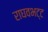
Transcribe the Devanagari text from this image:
राघवभट्ट